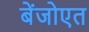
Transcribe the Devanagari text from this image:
बेंजोएत